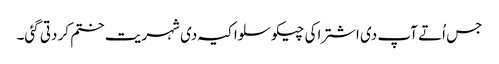
جس اُتے آپ د‏‏ی اشتراکی چیکوسلواکیہ د‏‏ی شہریت ختم کر دتی گئی۔